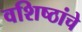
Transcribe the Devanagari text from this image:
वशिष्ठांचे